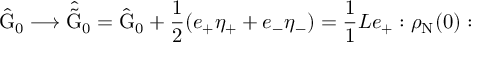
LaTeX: \hat { \mathrm { G } } _ { 0 } \longrightarrow \hat { \tilde { \mathrm { G } } } _ { 0 } = \hat { \mathrm { G } } _ { 0 } + \frac { 1 } { 2 } ( e _ { + } { \eta } _ { + } + e _ { - } { \eta } _ { - } ) = \frac { 1 } { 1 } { L } e _ { + } : \rho _ { \mathrm { N } } ( 0 ) :